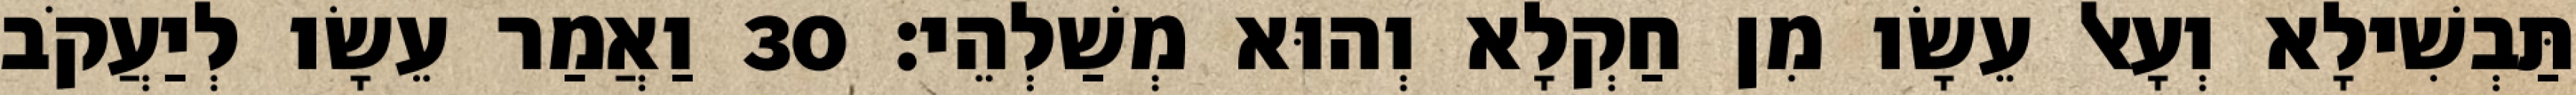
תַּבְשִׁילָא וְעָאל עֵשָׂו מִן חַקְלָא וְהוּא מְשַׁלְהֵי׃ 30 וַאֲמַר עֵשָׂו לְיַעֲקֹב